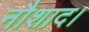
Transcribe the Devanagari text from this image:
नौशाद।